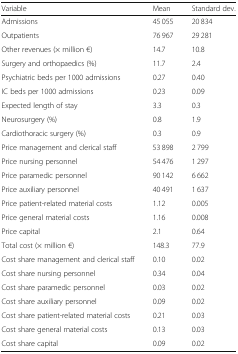
<table><thead><tr><td><b>Variable</b></td><td><b>Mean</b></td><td><b>Standard dev.</b></td></tr></thead><tbody><tr><td>Admissions</td><td>45 055</td><td>20 834</td></tr><tr><td>Outpatients</td><td>76 967</td><td>29 281</td></tr><tr><td>Other revenues (× million €)</td><td>14.7</td><td>10.8</td></tr><tr><td>Surgery and orthopaedics (%)</td><td>11.7</td><td>2.4</td></tr><tr><td>Psychiatric beds per 1000 admissions</td><td>0.27</td><td>0.40</td></tr><tr><td>IC beds per 1000 admissions</td><td>0.23</td><td>0.09</td></tr><tr><td>Expected length of stay</td><td>3.3</td><td>0.3</td></tr><tr><td>Neurosurgery (%)</td><td>0.8</td><td>1.9</td></tr><tr><td>Cardiothoracic surgery (%)</td><td>0.3</td><td>0.9</td></tr><tr><td>Price management and clerical staff</td><td>53 898</td><td>2 799</td></tr><tr><td>Price nursing personnel</td><td>54 476</td><td>1 297</td></tr><tr><td>Price paramedic personnel</td><td>90 142</td><td>6 662</td></tr><tr><td>Price auxiliary personnel</td><td>40 491</td><td>1 637</td></tr><tr><td>Price patient-related material costs</td><td>1.12</td><td>0.005</td></tr><tr><td>Price general material costs</td><td>1.16</td><td>0.008</td></tr><tr><td>Price capital</td><td>2.1</td><td>0.64</td></tr><tr><td>Total cost (× million €)</td><td>148.3</td><td>77.9</td></tr><tr><td>Cost share management and clerical staff</td><td>0.10</td><td>0.02</td></tr><tr><td>Cost share nursing personnel</td><td>0.34</td><td>0.04</td></tr><tr><td>Cost share paramedic personnel</td><td>0.03</td><td>0.02</td></tr><tr><td>Cost share auxiliary personnel</td><td>0.09</td><td>0.02</td></tr><tr><td>Cost share patient-related material costs</td><td>0.21</td><td>0.03</td></tr><tr><td>Cost share general material costs</td><td>0.13</td><td>0.03</td></tr><tr><td>Cost share capital</td><td>0.09</td><td>0.02</td></tr></tbody></table>